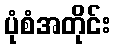
ပုံစံအတိုင်း